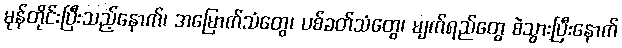
မုန်တိုင်းပြီးသည့်နောက်၊ အမြောက်သံတွေ၊ ပစ်ခတ်သံတွေ၊ မျက်ရည်တွေ စဲသွားပြီးနောက်